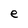
Character: e